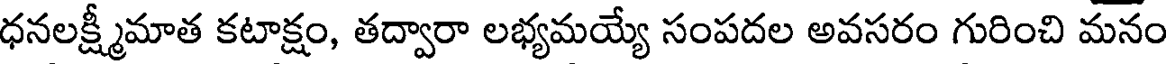
ధనలక్ష్మీమాత కటాక్షం, తద్వారా లభ్యమయ్యే సంపదల అవసరం గురించి మనం